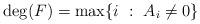
LaTeX: \begin{align*}\deg(F) = \max \{ i \ : \ A_i \ne 0 \}\end{align*}